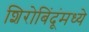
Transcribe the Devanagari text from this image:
शिरोबिंदूंमध्ये